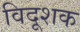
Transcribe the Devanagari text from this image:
विदूशक